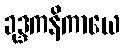
ခုဒ္ဒကနိကာယေ